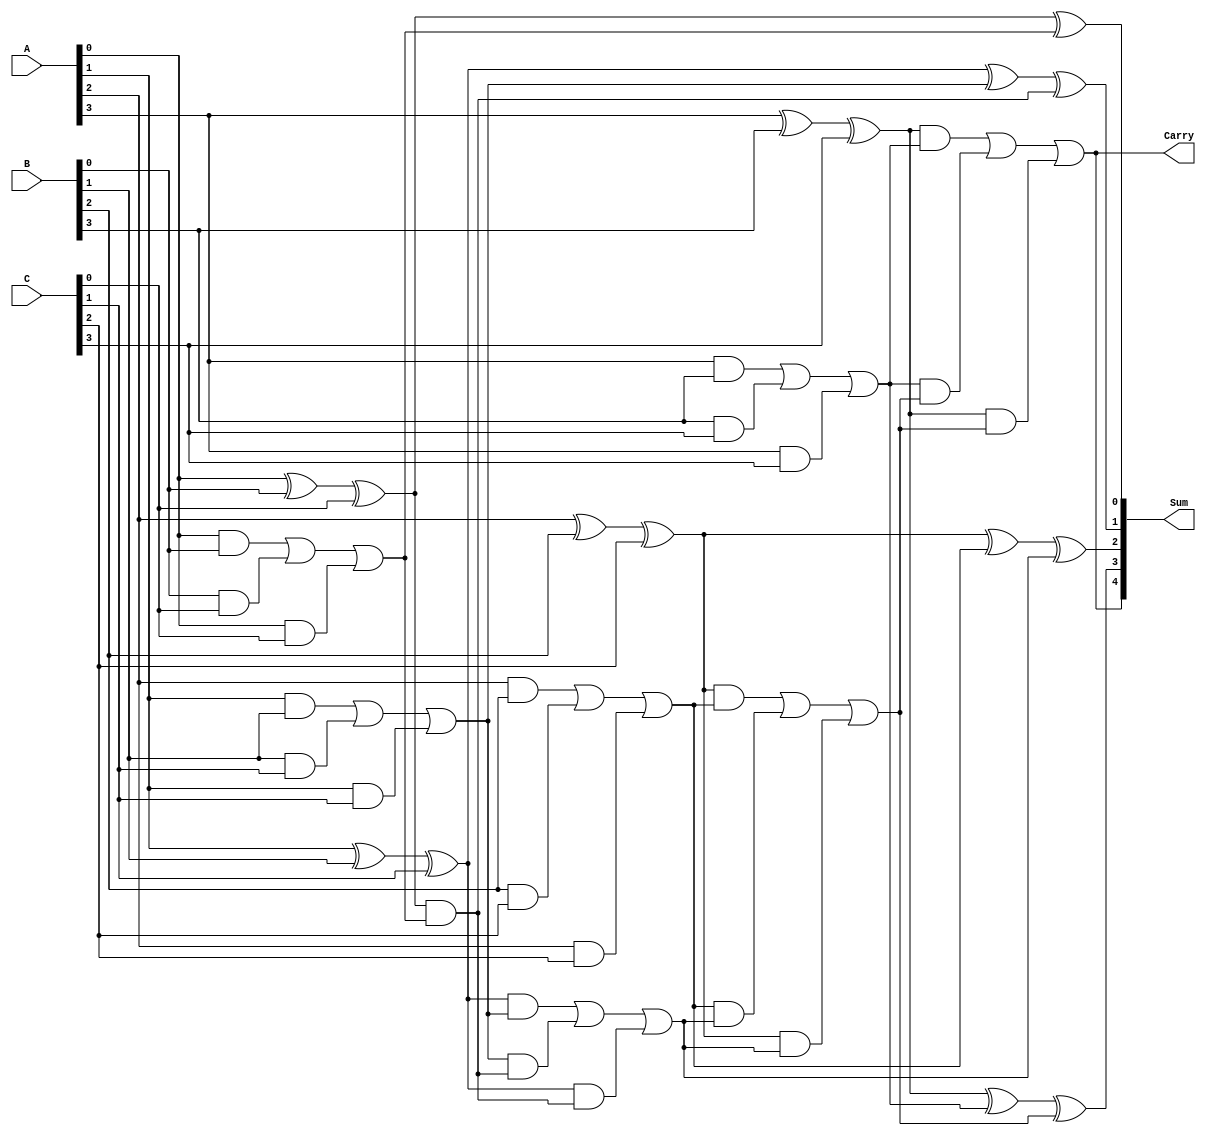
module CarrySaveAdder (
    input [3:0] A, // First operand
    input [3:0] B, // Second operand
    input [3:0] C, // Third operand
    output [4:0] Sum, // Final sum output (5 bits to accommodate carry)
    output Carry // Final carry output
);

    // Intermediate sums and carries
    wire [3:0] S1, S2, C1, C2;

    // Full adders for the first stage
    assign S1[0] = A[0] ^ B[0] ^ C[0];
    assign C1[0] = (A[0] & B[0]) | (B[0] & C[0]) | (A[0] & C[0]);

    assign S1[1] = A[1] ^ B[1] ^ C[1];
    assign C1[1] = (A[1] & B[1]) | (B[1] & C[1]) | (A[1] & C[1]);

    assign S1[2] = A[2] ^ B[2] ^ C[2];
    assign C1[2] = (A[2] & B[2]) | (B[2] & C[2]) | (A[2] & C[2]);

    assign S1[3] = A[3] ^ B[3] ^ C[3];
    assign C1[3] = (A[3] & B[3]) | (B[3] & C[3]) | (A[3] & C[3]);

    // Carry Save Stage
    wire [3:0] S2;
    wire [3:0] C2;

    assign S2[0] = S1[0] ^ C1[0];
    assign C2[0] = S1[0] & C1[0];

    assign S2[1] = S1[1] ^ C1[1] ^ C2[0];
    assign C2[1] = (S1[1] & C1[1]) | (C1[1] & C2[0]) | (S1[1] & C2[0]);

    assign S2[2] = S1[2] ^ C1[2] ^ C2[1];
    assign C2[2] = (S1[2] & C1[2]) | (C1[2] & C2[1]) | (S1[2] & C2[1]);

    assign S2[3] = S1[3] ^ C1[3] ^ C2[2];
    assign C2[3] = (S1[3] & C1[3]) | (C1[3] & C2[2]) | (S1[3] & C2[2]);

    // Final Sum and Carry
    assign Sum = {C2[3], S2}; // Final sum includes the carry
    assign Carry = C2[3]; // Final carry output

endmodule